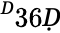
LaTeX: ^Ḋ36Ḍ